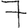
Digit: 7